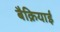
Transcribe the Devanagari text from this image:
बैक्रियाई